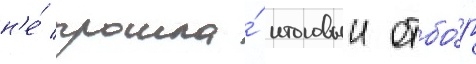
н'е́ прошла́ итоговыи отбо́р